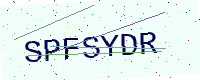
Text: SPFSYDR